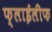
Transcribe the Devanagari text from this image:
फ्लाईलीफ